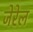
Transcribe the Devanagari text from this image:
जेरेल